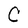
Character: C